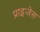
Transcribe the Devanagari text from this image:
प्राइजेस